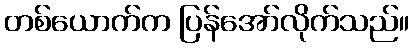
တစ်ယောက်က ပြန်အော်လိုက်သည်။